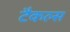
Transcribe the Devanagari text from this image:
टैकल्स